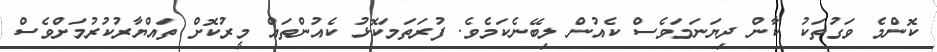
ކޮންމެ ވަގުތަކު ކާން ދިޔަނަމަވެސް ކެއުން ލިބޭނެކަމެވެ. ފުރަތަމަކޮޅު ކެއުންތައް މީރުކޮށް ތައްޔާރުކުރުމަށްވެސް